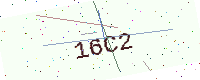
Text: 16C2